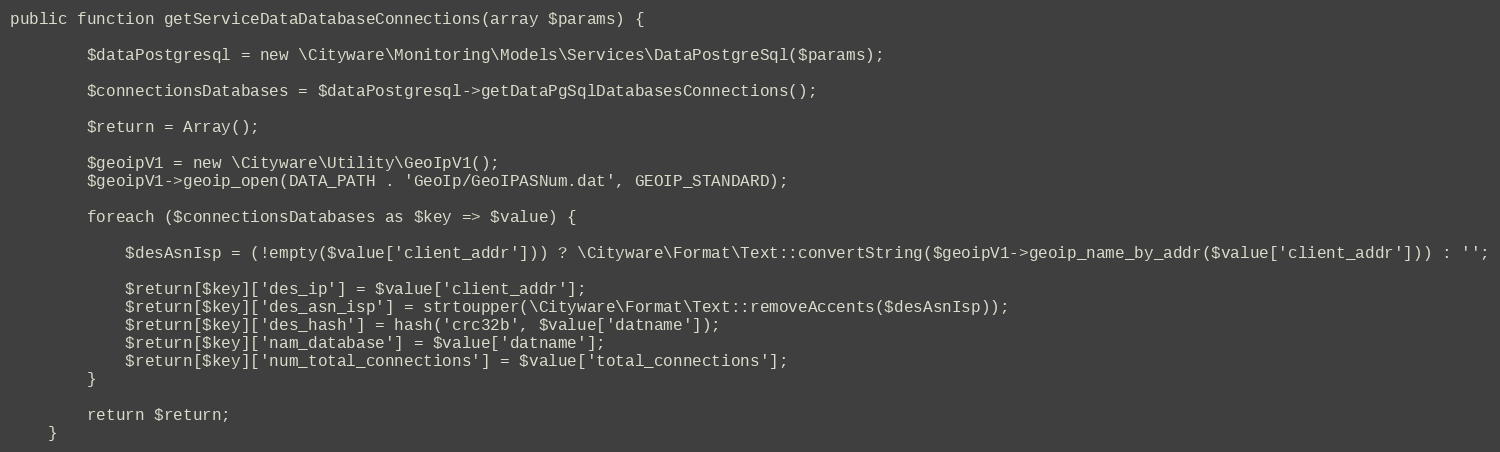
Language: PHP
public function getServiceDataDatabaseConnections(array $params) {

        $dataPostgresql = new \Cityware\Monitoring\Models\Services\DataPostgreSql($params);

        $connectionsDatabases = $dataPostgresql->getDataPgSqlDatabasesConnections();

        $return = Array();

        $geoipV1 = new \Cityware\Utility\GeoIpV1();
        $geoipV1->geoip_open(DATA_PATH . 'GeoIp/GeoIPASNum.dat', GEOIP_STANDARD);

        foreach ($connectionsDatabases as $key => $value) {

            $desAsnIsp = (!empty($value['client_addr'])) ? \Cityware\Format\Text::convertString($geoipV1->geoip_name_by_addr($value['client_addr'])) : '';

            $return[$key]['des_ip'] = $value['client_addr'];
            $return[$key]['des_asn_isp'] = strtoupper(\Cityware\Format\Text::removeAccents($desAsnIsp));
            $return[$key]['des_hash'] = hash('crc32b', $value['datname']);
            $return[$key]['nam_database'] = $value['datname'];
            $return[$key]['num_total_connections'] = $value['total_connections'];
        }

        return $return;
    }